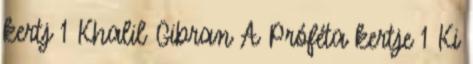
kertj 1 Khalil Gibran A Próféta kertje 1 Ki